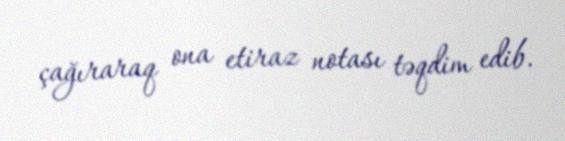
çağıraraq ona etiraz notası təqdim edib.